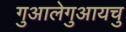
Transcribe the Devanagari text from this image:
गुआलेगुआयचु